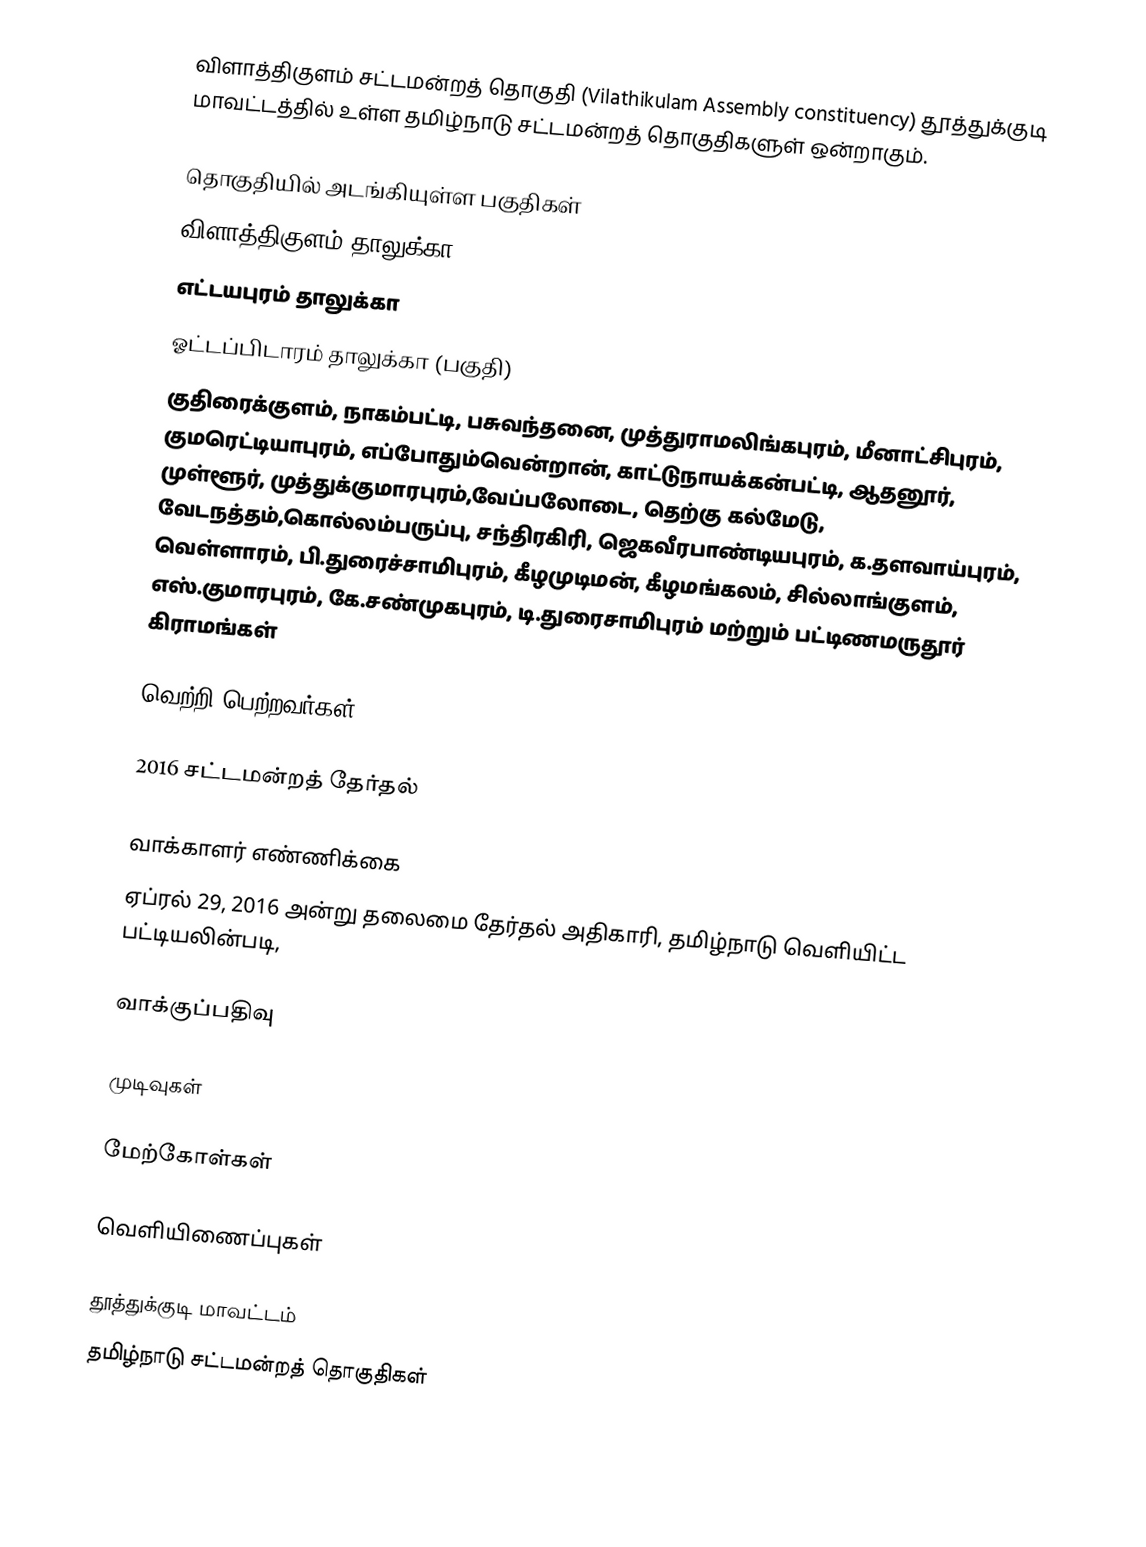
விளாத்திகுளம் சட்டமன்றத் தொகுதி (Vilathikulam Assembly constituency) தூத்துக்குடி மாவட்டத்தில் உள்ள தமிழ்நாடு சட்டமன்றத் தொகுதிகளுள் ஒன்றாகும்.

தொகுதியில் அடங்கியுள்ள பகுதிகள்
விளாத்திகுளம் தாலுக்கா
எட்டயபுரம் தாலுக்கா
ஓட்டப்பிடாரம் தாலுக்கா (பகுதி)
குதிரைக்குளம், நாகம்பட்டி, பசுவந்தனை, முத்துராமலிங்கபுரம், மீனாட்சிபுரம், குமரெட்டியாபுரம், எப்போதும்வென்றான், காட்டுநாயக்கன்பட்டி, ஆதனூர், முள்ளூர், முத்துக்குமாரபுரம்,வேப்பலோடை, தெற்கு கல்மேடு, வேடநத்தம்,கொல்லம்பருப்பு, சந்திரகிரி, ஜெகவீரபாண்டியபுரம், க.தளவாய்புரம், வெள்ளாரம், பி.துரைச்சாமிபுரம், கீழமுடிமன், கீழமங்கலம், சில்லாங்குளம், எஸ்.குமாரபுரம், கே.சண்முகபுரம், டி.துரைசாமிபுரம் மற்றும் பட்டிணமருதூர் கிராமங்கள்

வெற்றி பெற்றவர்கள்

2016 சட்டமன்றத் தேர்தல்

வாக்காளர் எண்ணிக்கை
ஏப்ரல் 29, 2016 அன்று தலைமை தேர்தல் அதிகாரி, தமிழ்நாடு வெளியிட்ட பட்டியலின்படி,

வாக்குப்பதிவு

முடிவுகள்

மேற்கோள்கள்

வெளியிணைப்புகள்

தூத்துக்குடி மாவட்டம்
தமிழ்நாடு சட்டமன்றத் தொகுதிகள்